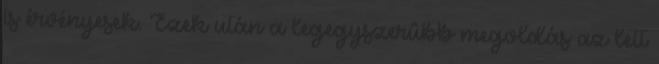
is érvényesek. Ezek után a legegyszerûbb megoldás az lett